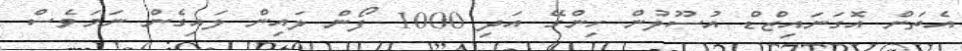
އެތަން އޮގަނައިޒްޑް އުސޫލުން ހިންގޭ އަދި 1000 ފޯން ލައިން ލައިގެން ނަމަވެސް